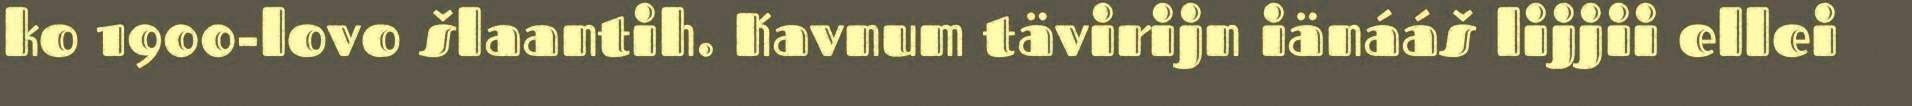
ko 1900-lovo šlaantih. Kavnum tävirijn iänááš lijjii ellei